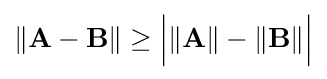
\|\mathbf {A-B} \|\geq {\Bigl |}\|\mathbf {A} \|-\|\mathbf {B} \|{\Bigr |}